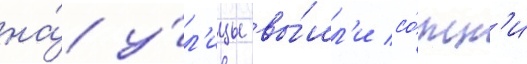
на́ у́л'ицы вы́шл'и со́тн'и